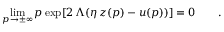
\operatorname * { l i m } _ { p \to \pm \infty } p \exp [ 2 \, \Lambda ( \eta \, z ( p ) - u ( p ) ) ] = 0 \qquad .